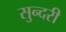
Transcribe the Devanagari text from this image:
सुन्‍दरी